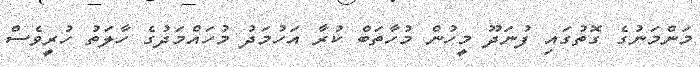
މަންމަނުގެ ގޮތުގައި ފުނަދޫ މީހުން މުހާތަބް ކުރާ އަހުމަދު މުހައްމަދުގެ ހާލަތު ހުރީވެސް